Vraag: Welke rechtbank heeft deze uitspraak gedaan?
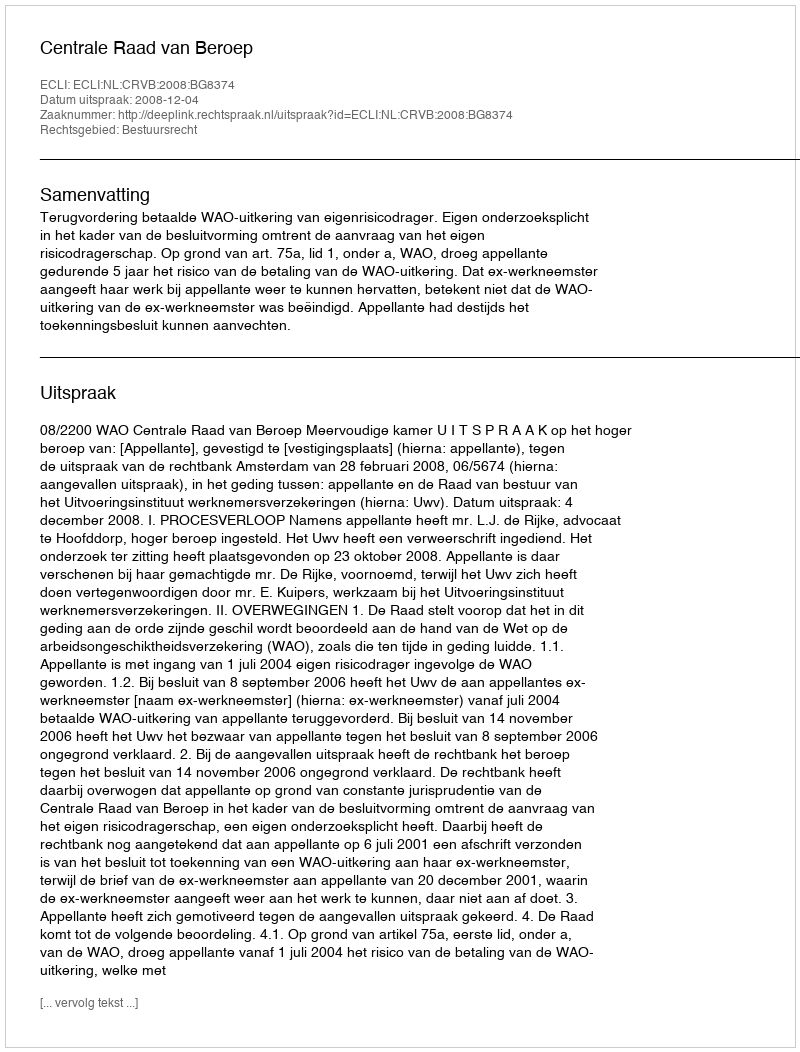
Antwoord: Centrale Raad van Beroep